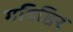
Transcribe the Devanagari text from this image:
गविष्ठिर